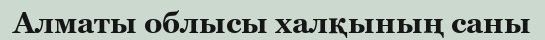
Алматы облысы халқының саны